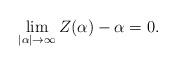
LaTeX: \begin{align*}\lim_{|\alpha \vert \to \infty} Z(\alpha) - \alpha = 0.\end{align*}